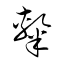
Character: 隸